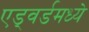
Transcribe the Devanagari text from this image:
एड्वर्डमध्ये